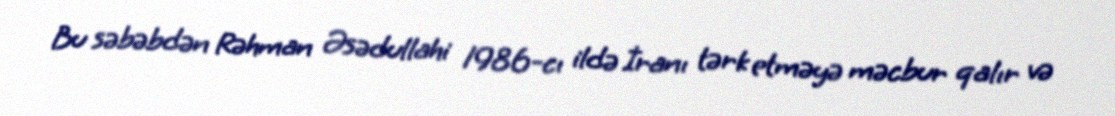
Bu səbəbdən Rəhman Əsədullahi 1986-cı ildə İranı tərk etməyə məcbur qalır və